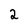
Character: 2